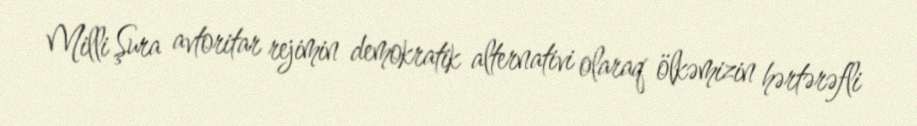
Milli Şura avtoritar rejimin demokratik alternativi olaraq ölkəmizin hərtərəfli